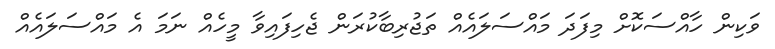
ވަކިން ހާއްސަކޮށް މިފަދަ މައްސަލައެއް ތަޖުރިބާކުރަން ޖެހިފައިވާ މީހެއް ނަމަ އެ މައްސަލައެއް